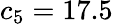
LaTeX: c_{5}=17.5